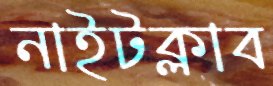
নাইটক্লাব